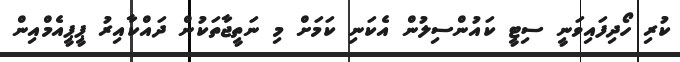
ކުރި ހޯދިފައިވަނީ ސިޓީ ކައުންސިލުން އެކަނި ކަމަށް މި ނަތީޖާތަކުން ދައްކާއިރު ޕީޕީއެމްއިން